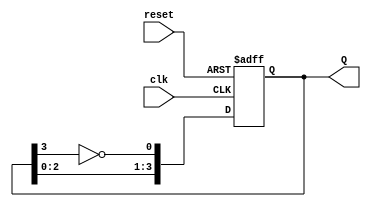
module JohnsonCounter #(parameter N = 4) (
    input wire clk,          // Clock input
    input wire reset,        // Asynchronous reset
    output reg [N-1:0] Q     // Output state
);

    // Internal signals
    wire feedback;

    // Feedback logic: Invert the last flip-flop's output
    assign feedback = ~Q[N-1];

    // Sequential logic for the Johnson counter
    always @(posedge clk or posedge reset) begin
        if (reset) begin
            Q <= 0;  // Reset the state to 0
        end else begin
            // Shift the state and apply feedback
            Q <= {Q[N-2:0], feedback};
        end
    end

endmodule